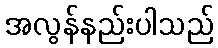
အလွန်နည်းပါသည်